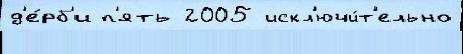
д'е́рб'и п'ять 2005 искл'ючи́т'ельно